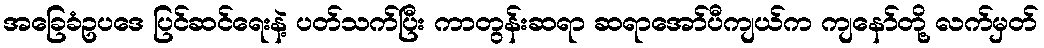
အခြေခံဥပဒေ ပြင်ဆင်ရေးနဲ့ ပတ်သက်ပြီး ကာတွန်းဆရာ ဆရာအော်ပီကျယ်က ကျနော်တို့ လက်မှတ်